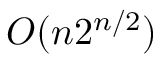
O ( n 2 ^ { n / 2 } )